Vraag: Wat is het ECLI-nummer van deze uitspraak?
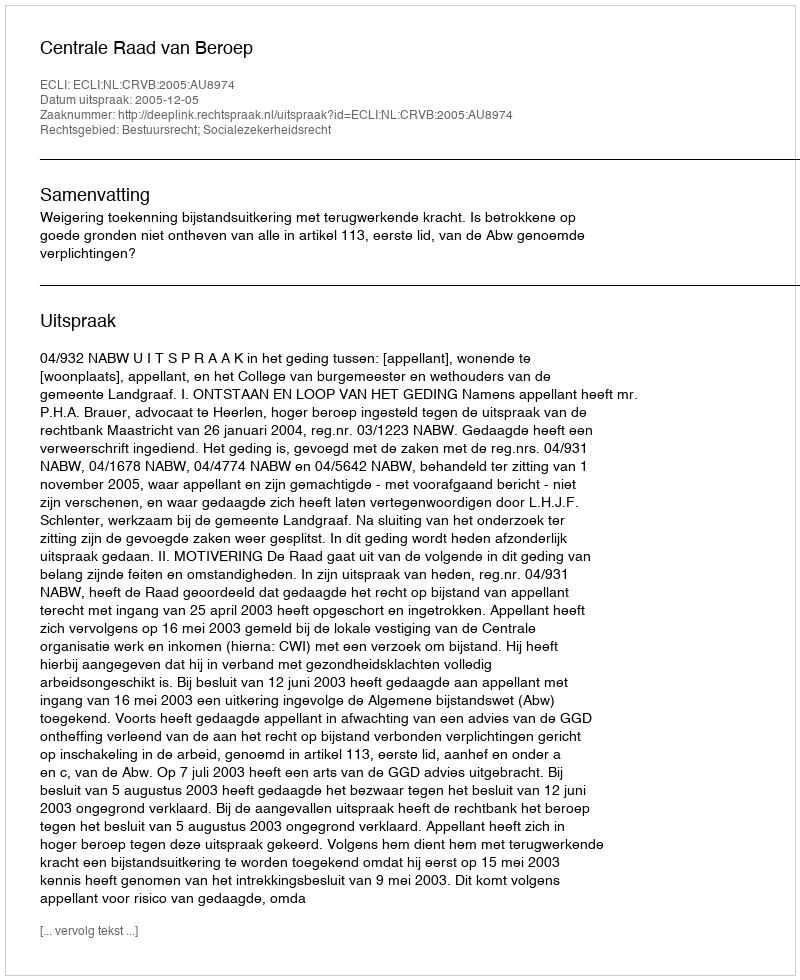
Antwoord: ECLI:NL:CRVB:2005:AU8974